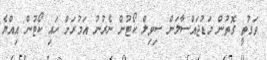
ވަގުތީ ގޮތުން މަޑުޖައްސާލަން ސިވިލް ކޯޓުން ނެރުނު އަމުރަށް ހައި ކޯޓުން އިއްޔެ